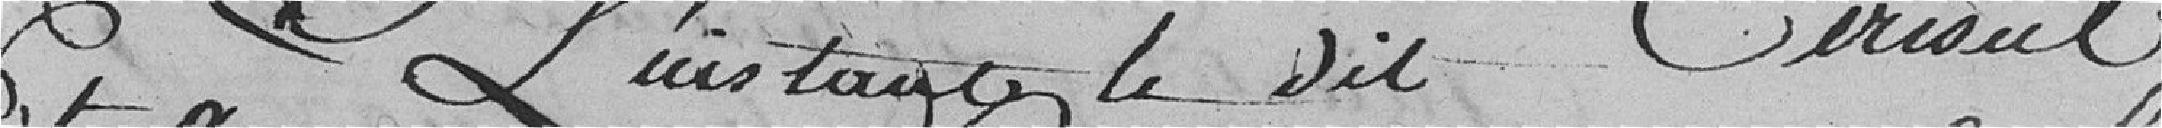
Et à l'instant le dit conseil